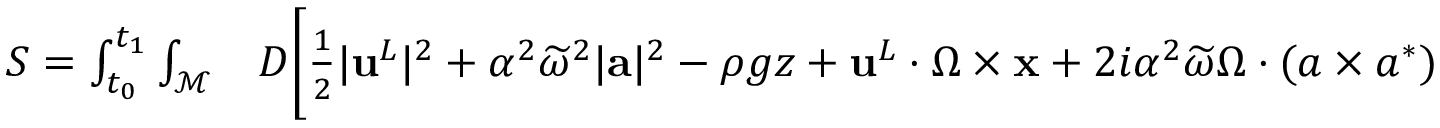
\begin{array} { r l } { S = \int _ { t _ { 0 } } ^ { t _ { 1 } } \int _ { \mathcal { M } } } & { { } { D } \bigg [ \frac 1 2 | { \mathbf { u } } ^ { L } | ^ { 2 } + \alpha ^ { 2 } \widetilde { \omega } ^ { 2 } | { \mathbf { a } } | ^ { 2 } - \rho g z + { \mathbf { u } } ^ { L } \cdot \boldsymbol { \Omega } \times { \mathbf { x } } + 2 i \alpha ^ { 2 } \widetilde { \omega } \boldsymbol { \Omega } \cdot ( \boldsymbol { a } \times \boldsymbol { a } ^ { * } ) } \end{array}